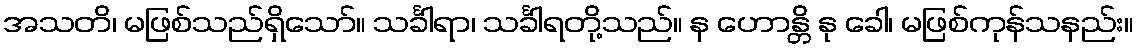
အသတိ၊ မဖြစ်သည်ရှိသော်။ သင်္ခါရာ၊ သင်္ခါရတို့သည်။ န ဟောန္တိ နု ခေါ၊ မဖြစ်ကုန်သနည်း။